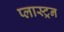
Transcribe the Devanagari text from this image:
प्लास्ट्रन